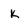
Character: k